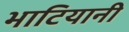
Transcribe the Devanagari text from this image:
भाटियानी